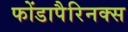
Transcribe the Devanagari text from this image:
फोंडापैरिनक्स